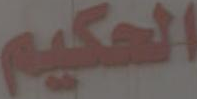
الحكيم